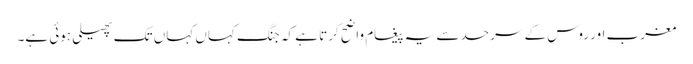
مغرب اور روس کے سرحد سے یہ پیغام واضح کرتا ہے کہ جنگ کہاں کہاں تک پھیلی ہوئی ہے۔